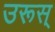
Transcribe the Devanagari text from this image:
उरूस्